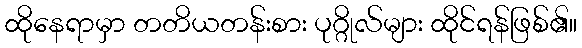
ထိုနေရာမှာ တတိယတန်းစား ပုဂ္ဂိုလ်များ ထိုင်ရန်ဖြစ်၏။